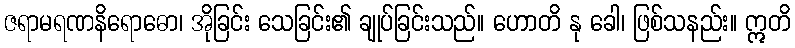
ဇရာမရဏနိရောဓော၊ အိုခြင်း သေခြင်း၏ ချုပ်ခြင်းသည်။ ဟောတိ နု ခေါ၊ ဖြစ်သနည်း။ ဣတိ